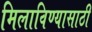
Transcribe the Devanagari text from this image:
मिलाविण्यासाठी